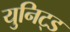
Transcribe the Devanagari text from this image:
युनिट्ड